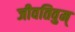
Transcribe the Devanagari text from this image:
जीवतिवुम्